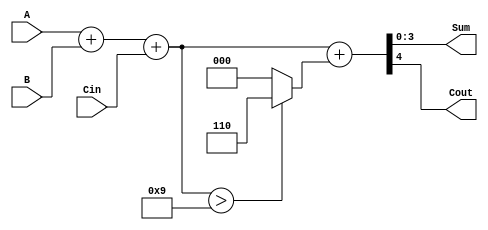
module BCD_Asynchronous_Adder (
    input  wire [3:0] A,     // First BCD digit
    input  wire [3:0] B,     // Second BCD digit
    input  wire Cin,         // Carry input
    output wire [3:0] Sum,   // Resulting BCD digit
    output wire Cout         // Carry output
);

    // Intermediate signals for binary sum and carry
    wire [4:0] binary_sum;   // 5 bits to accommodate carry
    wire correction_needed;    // Signal to determine if correction is needed
    wire [4:0] corrected_sum; // Corrected sum after BCD adjustment

    // Step 1: Perform binary addition
    assign binary_sum = A + B + Cin;

    // Step 2: Determine if correction is needed
    assign correction_needed = binary_sum > 9;

    // Step 3: Apply BCD correction if needed
    assign corrected_sum = binary_sum + (correction_needed ? 5'b00110 : 5'b00000);

    // Step 4: Assign outputs
    assign Sum = corrected_sum[3:0]; // Lower 4 bits represent the BCD sum
    assign Cout = corrected_sum[4];   // The carry output

endmodule